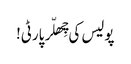
پولیس کی چِھلّر پارٹی!